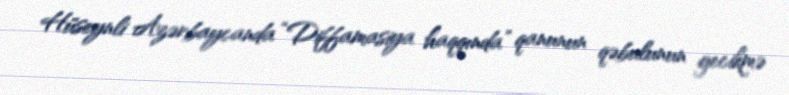
Hüseynli Azərbaycanda “Diffamasiya haqqında” qanunun qəbulunun gecikmə